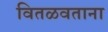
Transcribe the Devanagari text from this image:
वितळवताना